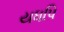
યધપિ